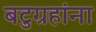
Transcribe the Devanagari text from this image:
बटुग्रहांना